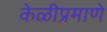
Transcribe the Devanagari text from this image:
केळीप्रमाणे